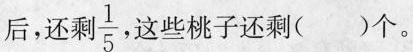
后，还剩\frac{1}{5} ，这些桃子还剩( )个。